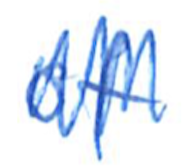
Text: of
Cross-out: mix
Writing tool: ballpoint